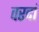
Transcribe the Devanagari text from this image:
वरदां